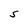
Character: S